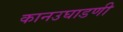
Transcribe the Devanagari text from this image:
कानउघाडणी